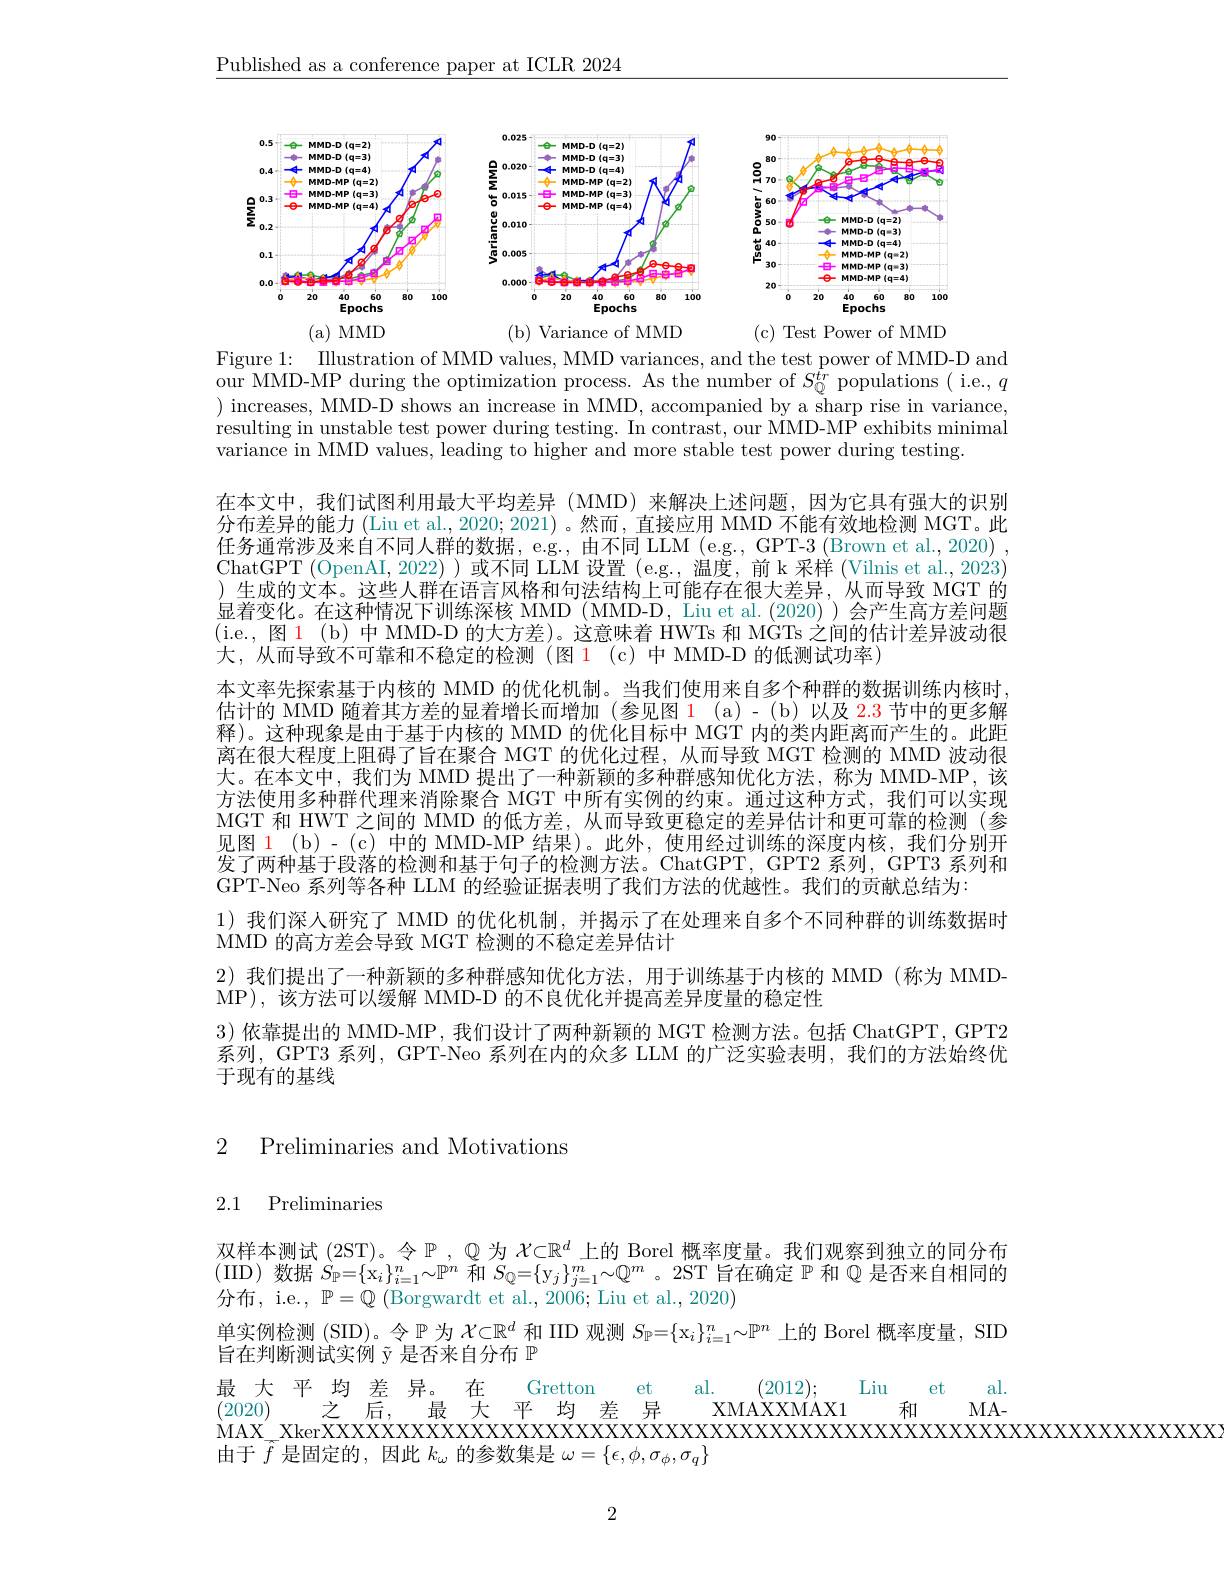
$\underline{\text{Published as a conference paper at ICLR 2024}}$

<FigureHere>
(b) Variance of MMD
(a)MMD
(c) Test Power of MMD

Figure 1: Illustration of MMD values, MMD variances, and the test power of MMD-D and

our MMD-MP during the optimization process. As the number of $S_{\mathbb{Q}}^{tr}$ populations ( i.e., $q$ ) increases, MMD-D shows an increase in MMD, accompanied by a sharp rise in variance, resulting in unstable test power during testing. In contrast, our MMD-MP exhibits minimal variance in MMD values, leading to higher and more stable test power during testing.
在本文中，我们试图利用最大平均差异(MMD)来解决上述问题，因为它具有强大的识别分布差异的能力 (Liu et al., 2020; 2021) 。然而，直接应用 MMD 不能有效地检测 MGT。此任务通常涉及来自不同人群的数据，e.g., 由不同 LLM (e.g., GPT-3 (Brown et al., 2020) , ChatGPT (OpenAI, 2022) ) 或不同 LLM 设置 (e.g., 温度，前 k 采样 (Vilnis et al., 2023) )生成的文本。这些人群在语言风格和句法结构上可能存在很大差异，从而导致 MGT 的显着变化。在这种情况下训练深核 MMD (MMD-D, Liu et al.(2020))会产生高方差问题(i.e., 图 1 (b)中 MMD-D 的大方差)。这意味着 HWTs 和 MGTs之间的估计差异波动很大，从而导致不可靠和不稳定的检测(图 1(c)中 MMD-D 的低测试功率)
本文率先探索基于内核的 MMD 的优化机制。当我们使用来自多个种群的数据训练内核时， 估计的 MMD 随着其方差的显着增长而增加(参见图1(a)-(b)以及 2.3 节中的更多解释)。这种现象是由于基于内核的 MMD 的优化目标中 MGT 内的类内距离而产生的。此距离在很大程度上阻碍了旨在聚合 MGT 的优化过程，从而导致 MGT 检测的 MMD 波动很大。在本文中，我们为 MMD 提出了一种新颖的多种群感知优化方法，称为 MMD-MP,该方法使用多种群代理来消除聚合 MGT 中所有实例的约束。通过这种方式，我们可以实现MGT 和 HWT 之间的 MMD 的低方差，从而导致更稳定的差异估计和更可靠的检测(参见图 1 (b)-(c) 中的 MMD-MP 结果)。此外，使用经过训练的深度内核，我们分别开发了两种基于段落的检测和基于句子的检测方法。ChatGPT, GPT2 系列，GPT3 系列和GPT-Neo 系列等各种 LLM 的经验证据表明了我们方法的优越性。我们的贡献总结为：
1)我们深人研究了 MMD 的优化机制，并揭示了在处理来自多个不同种群的训练数据时
MMD 的高方差会导致 MGT 检测的不稳定差异估计
2)我们提出了一种新颖的多种群感知优化方法，用于训练基于内核的 MMD(称为 MMD-
MP),该方法可以缓解 MMD-D 的不良优化并提高差异度量的稳定性
3) 依靠提出的 MMD-MP, 我们设计了两种新颖的 MGT 检测方法。包括 ChatGPT, GPT2系列，GPT3 系列，GPT-Neo 系列在内的众多 LLM 的广泛实验表明，我们的方法始终优于现有的基线

# 2 Preliminaries and Motivations

# 2.1 Preliminaries

双样本测试 (2ST)。令$\mathbb{P}$ , $\mathbb{Q}$为$\mathcal{X}\subset\mathbb{R}^d$上的 Borel 概率度量。我们观察到独立的同分布(IID)数据$S_\mathbb{P}=\{\mathrm{x}_i\}_{i=1}^n\sim\mathbb{P}^n$和$S_\mathbb{Q}=\{\mathrm{y}_j\}_{j=1}^m\sim\mathbb{Q}^m$ 。2ST 旨在确定$\mathbb{P}$和$\mathbb{Q}$是否来自相同的分布，i.e., $\mathbb{P}=\mathbb{Q}$ (Borgwardt et al., 2006; Liu et al., 2020)
单实例检测 (SID)。令$\mathbb{P}$为$\mathcal{X}\subset\mathbb{R}^d$和 IID 观测$S_\mathbb{P}=\{\mathrm{x}_i\}_{i=1}^n\sim\mathbb{P}^n$上的 Borel 概率度量，SID
旨在判断测试实例$\tilde{\text{y 是否来自分布 }\mathbb{P}}$
$\begin{array}{cccccc}\text{最 大 平均 差 异。在}&\text{Gretton}&\text{et}&\text{al.}&(2012);&\text{Liu}&\text{et}&\text{al.}\\(2020)&\text{之后，}&\text{最 大 平均 差 异}&\text{XMAXXMAX1}&\text{和}&\text{MA-}\end{array}$
由于$\widetilde{f}$是固定的，因此$k_\omega$的参数集是$\omega=\{\epsilon,\phi,\sigma_\phi,\sigma_q\}$

2